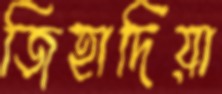
জিহাদিয়া